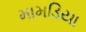
મામડિયા